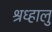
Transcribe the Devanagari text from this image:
श्रध्हालु